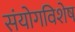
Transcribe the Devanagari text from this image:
संयोगविशेष